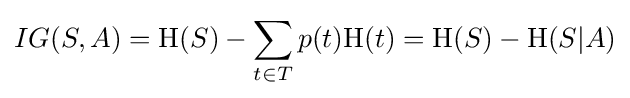
IG(S,A)=\mathrm {H} {(S)}-\sum _{t\in T}p(t)\mathrm {H} {(t)}=\mathrm {H} {(S)}-\mathrm {H} {(S|A)}